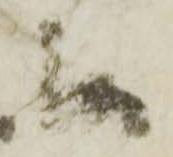
候